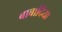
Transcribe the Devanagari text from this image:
बाबादिया